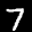
Label: 7